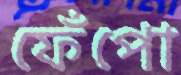
ফেঁপো